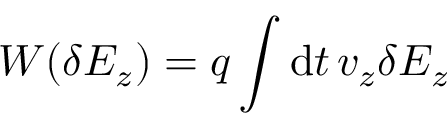
W ( \delta E _ { z } ) = q \int \mathrm { d } t \, v _ { z } \delta E _ { z }